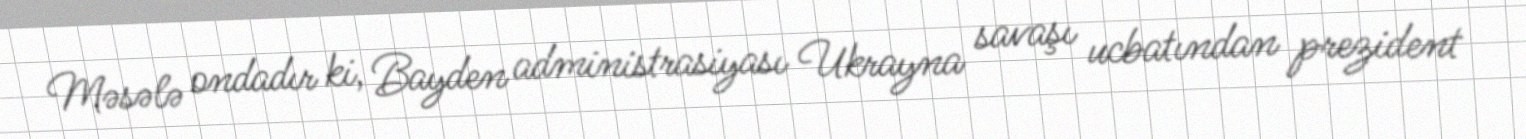
Məsələ ondadır ki, Bayden administrasiyası Ukrayna savaşı ucbatından prezident